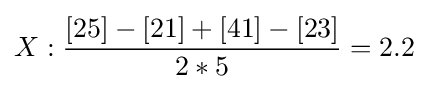
X:{\frac {[25]-[21]+[41]-[23]}{2*5}}=2.2